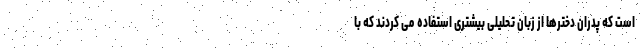
است که پدران دخترها از زبان تحلیلی بیشتری استفاده می کردند که با